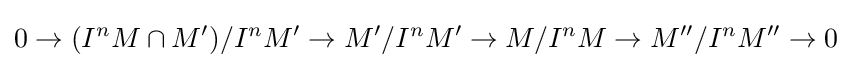
0\to (I^{n}M\cap M')/I^{n}M'\to M'/I^{n}M'\to M/I^{n}M\to M''/I^{n}M''\to 0